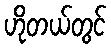
ဟိုတယ်တွင်